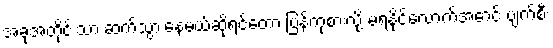
အခုအတိုင်းသာ ဆက်သွားနေမယ်ဆိုရင်တော့ ပြန်ကုစားလို့ မရနိုင်လောက်အောင် ပျက်စီး